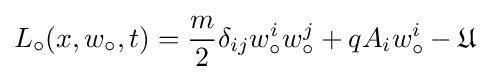
L_{\circ }(x,w_{\circ },t)={\frac {m}{2}}\delta _{ij}w_{\circ }^{i}w_{\circ }^{j}+qA_{i}w_{\circ }^{i}-{\mathfrak {U}}